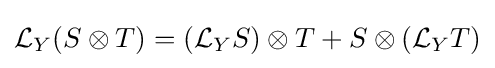
{\mathcal {L}}_{Y}(S\otimes T)=({\mathcal {L}}_{Y}S)\otimes T+S\otimes ({\mathcal {L}}_{Y}T)